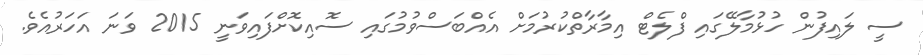
ސީ ލައިފުން ހުޅުމާލޭގައި ފްލެޓް އިމާރާތްކުރުމަށް އެއްބަސްވުމުގައި ސޮއިކޮށްފައިވަނީ 2015 ވަނަ އަހަރުއެވެ.